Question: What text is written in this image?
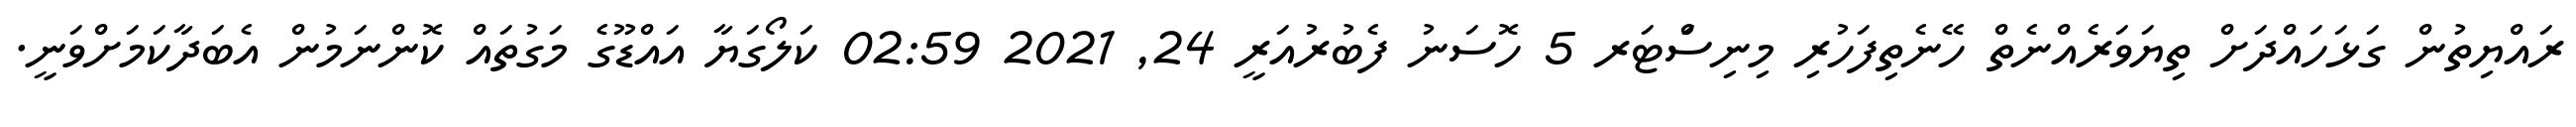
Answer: ރައްޔިތުން ގަޅަހައްދަށް ތިޔަވަރެއްނެތް ހޭނެތިފަހުރި މިނިސަްޓަރ 5 ހޮސަނު ފެބުރުއަރީ 24, 2021 02:59 ކަލޯގަޔާ އައްޑޫގެ މަގުތައް ކޮންނަމުން އެބަދާކަމަށްވަނީ.